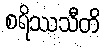
စရိဿသီတိ